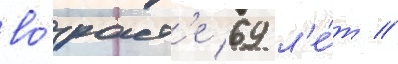
во́зраст'е 69 л'е́т //